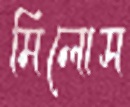
মিলোস